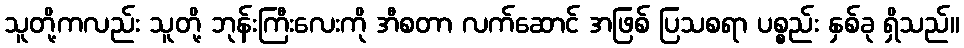
သူတို့ကလည်း သူတို့ ဘုန်းကြီးလေးကို အီစတာ လက်ဆောင် အဖြစ် ပြသစရာ ပစ္စည်း နှစ်ခု ရှိသည်။